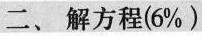
二、解方程(6%)